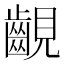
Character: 𧢟